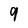
Character: 9